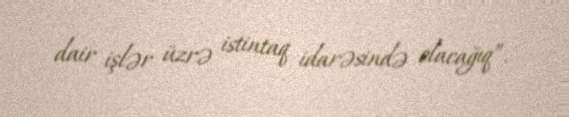
dair işlər üzrə istintaq idarəsində olacağıq”.